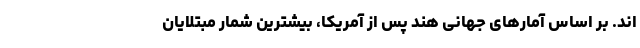
اند. بر اساس آمارهای جهانی هند پس از آمریکا، بیشترین شمار مبتلایان